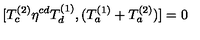
[ T _ { c } ^ { ( 2 ) } \eta ^ { c d } T _ { d } ^ { ( 1 ) } , ( T _ { a } ^ { ( 1 ) } + T _ { a } ^ { ( 2 ) } ) ] = 0